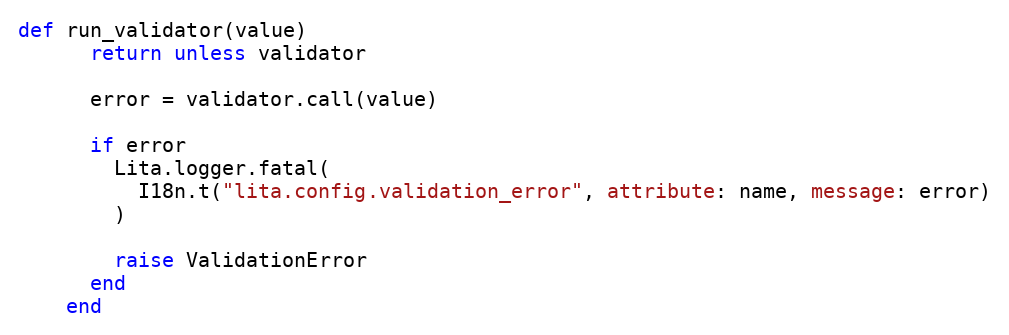
Language: Ruby
def run_validator(value)
      return unless validator

      error = validator.call(value)

      if error
        Lita.logger.fatal(
          I18n.t("lita.config.validation_error", attribute: name, message: error)
        )

        raise ValidationError
      end
    end